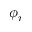
\phi _ { r }